Report of the Indian Hemp Drugs Commission, 1894-1895 - Volume VII
Year: 1894
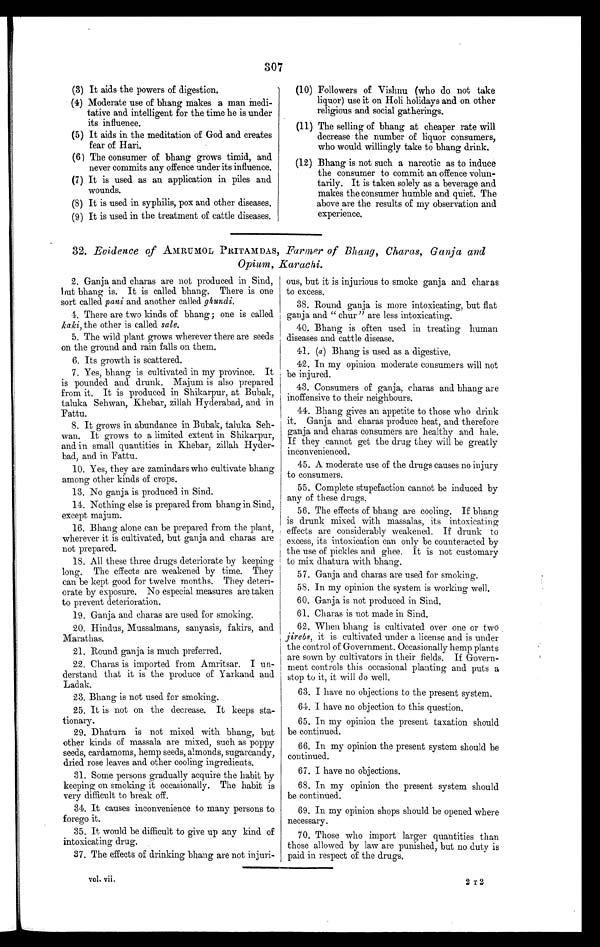
307
(3) It aids the powers of digestion.
( 4 )
Moderate use of bhang makes a man medi-
tative and intelligent for the time he is under
its influence.
(5) It aids in the meditation of God and creates
fear of Hari.
(6) The consumer of bhang grows timid, and
never commits any offence under its influence.
(7) It is used as an application in piles and
wounds.
(8) It is used in syphilis, pox and other diseases.
(9) It is used in the treatment of cattle diseases.
(10) Followers of Vishnu (who do not take
liquor) use it on Holi holidays and on other
religious and social gatherings.
(11) The selling of bhang at cheaper rate will
decrease the number of liquor consumers,
who would willingly take to bhang drink.
(12) Bhang is not such a narcotic as to induce
the consumer to commit an offence volun-
tarily. It is taken solely as a beverage and
makes the consumer humble and quiet. The
above are the results of my observation and
experience.
32 . Evidence of AHRUMOL PRITAMDAS, Farmer of Bhang, Charas, Ganja and
Opium, Karachi.
2. Ganja and charas are not produced in Sind,
but bhang is. It is called bhang. There is one
sort called pani and another called ghundi.
4. There are two kinds of bhang; one is called.
kaki, the other is called sale.
5. The wild plant grows wherever there are seeds
on the ground and rain falls on them.
6. Its growth is scattered.
7. Yes, bhang is cultivated in my province. It
is pounded and drunk. Majum is also prepared
from it. It is produced in Shikarpur, at Bubak,
taluka Sehwan, Khebar, zillah Hyderabad, and in
Fattu.
8. It grows in abundance in Bubak, taluka Seh-
wan. It grows to a limited extent in Shikarpur,
and in small quantities in Khebar, zillah Hyder-
bad, and in Fattu.
10. Yes, they are zamindars who cultivate bhang
among other kinds of crops.
13. No ganja is produced in Sind.
14. Nothing else is prepared from bhang in Sind,
except majum.
16. Bhang alone can be prepared from the plant,
wherever it is cultivated, but ganja and charas are
not prepared.
18. All these three drugs deteriorate by keeping
long. The effects are weakened by time. They
can be kept good for twelve months. They deteri-
orate by exposure. No especial measures are taken
to prevent deterioration.
19. Ganja and charas are used for smoking.
20. Hindus, Mussalmans, sanyasis, fakirs, and
Marathas.
21. Round ganja is much preferred.
22.. Charas is imported from Amritsar. I un-
derstand that it is the produce of Yarkand and
Ladak.
23. Bhang is not used for smoking.
25. It is not on the decrease. It keeps sta-
tionary.
29 . Dhatura, is not mixed with bhang, but
other kinds of massala are mixed, such as poppy
seeds, cardamoms, hemp seeds, almonds, sugarcandy,
dried rose leaves and other cooling ingredients.
31. Some persons gradually acquire the habit by
keeping on smoking it occasionally. The habit is
very difficult to break off.
34. It causes inconvenience to many persons to
forego it.
35. It would be difficult to give up any kind of
intoxicating drug.
37. The effects of drinking bhang are not injuri-
ous, but it is injurious to smoke ganja and char as
to excess.
38. Round ganja is more intoxicating, but flat
ganja and " chur " are less intoxicating.
40. Bhang is often used in treating human
diseases and cattle disease.
41. (a) Bhang is used as a digestive.
42. In my opinion moderate consumers will not
be injured.
43. Consumers of ganja, charas and bhang are
inoffensive to their neighbours.
44. Bhang gives an appetite to those who drink
it. Ganja and charas produce heat, and therefore
ganja and charas consumers are healthy and hale.
If they cannot get the drug they will be greatly
inconvenienced.
45. A moderate use of the drugs causes no injury
to consumers.
55. Complete stupefaction cannot be induced by
any of these drugs.
56. The effects of bhang are cooling. If bhang
is drunk mixed with massalas, its intoxicating
effects are considerably weakened. If drunk to
excess, its intoxication can only be counteracted by
the use of pickles and ghee. It is not customary
to mix dhatura with bhang.
57. Ganja and charas are used for smoking.
58. In my opinion the system is working well.
60. Ganja is not produced in Sind.
61. Charas is not made in Sind.
62. When bhang is cultivated over one or two
j irebs, it is cultivated under a license and is under
the control of Government. Occasionally hemp plants
are sown by cultivators in their fields. If Govern-
ment controls this occasional planting and puts a
stop to it, it will do well.
63. I have no objections to the present system.
64. I have no objection to this question.
65. In my opinion the present taxation should
be continued.
66. In my opinion the present system should be
continued.
67. I have no objections.
68. In my opinion the present system should
be continued.
69. In my opinion shops should be opened where
necessary.
70. Those who import larger quantities than
those allowed by law are punished, but no duty is
paid in respect of the drugs.
Vol. vii. 2 T 2